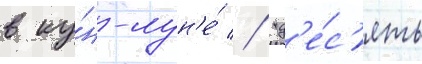
в ку́н-лун'е́ // "д'е́с'ять